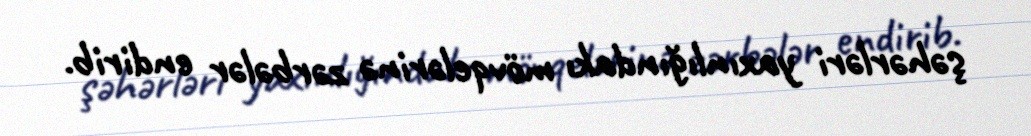
şəhərləri yaxınlığındakı mövqelərinə zərbələr endirib.